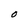
Character: O